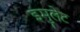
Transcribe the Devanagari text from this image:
इमुलेट